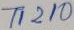
Text: T1210